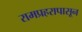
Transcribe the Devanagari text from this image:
रामप्रहरापासून